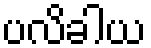
ပလိခါယ